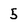
Character: 5